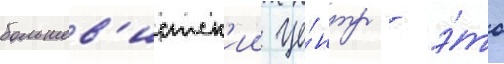
большев'истск'ии це́нтр - э́то